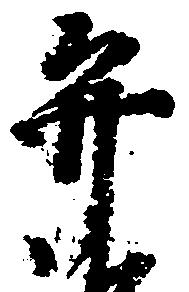
弁